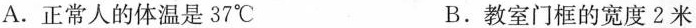
A.正常人的提问是37℃ B。教师门框的宽度2米